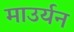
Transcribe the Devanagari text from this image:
माउर्यन